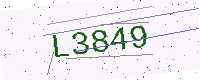
Text: L3849